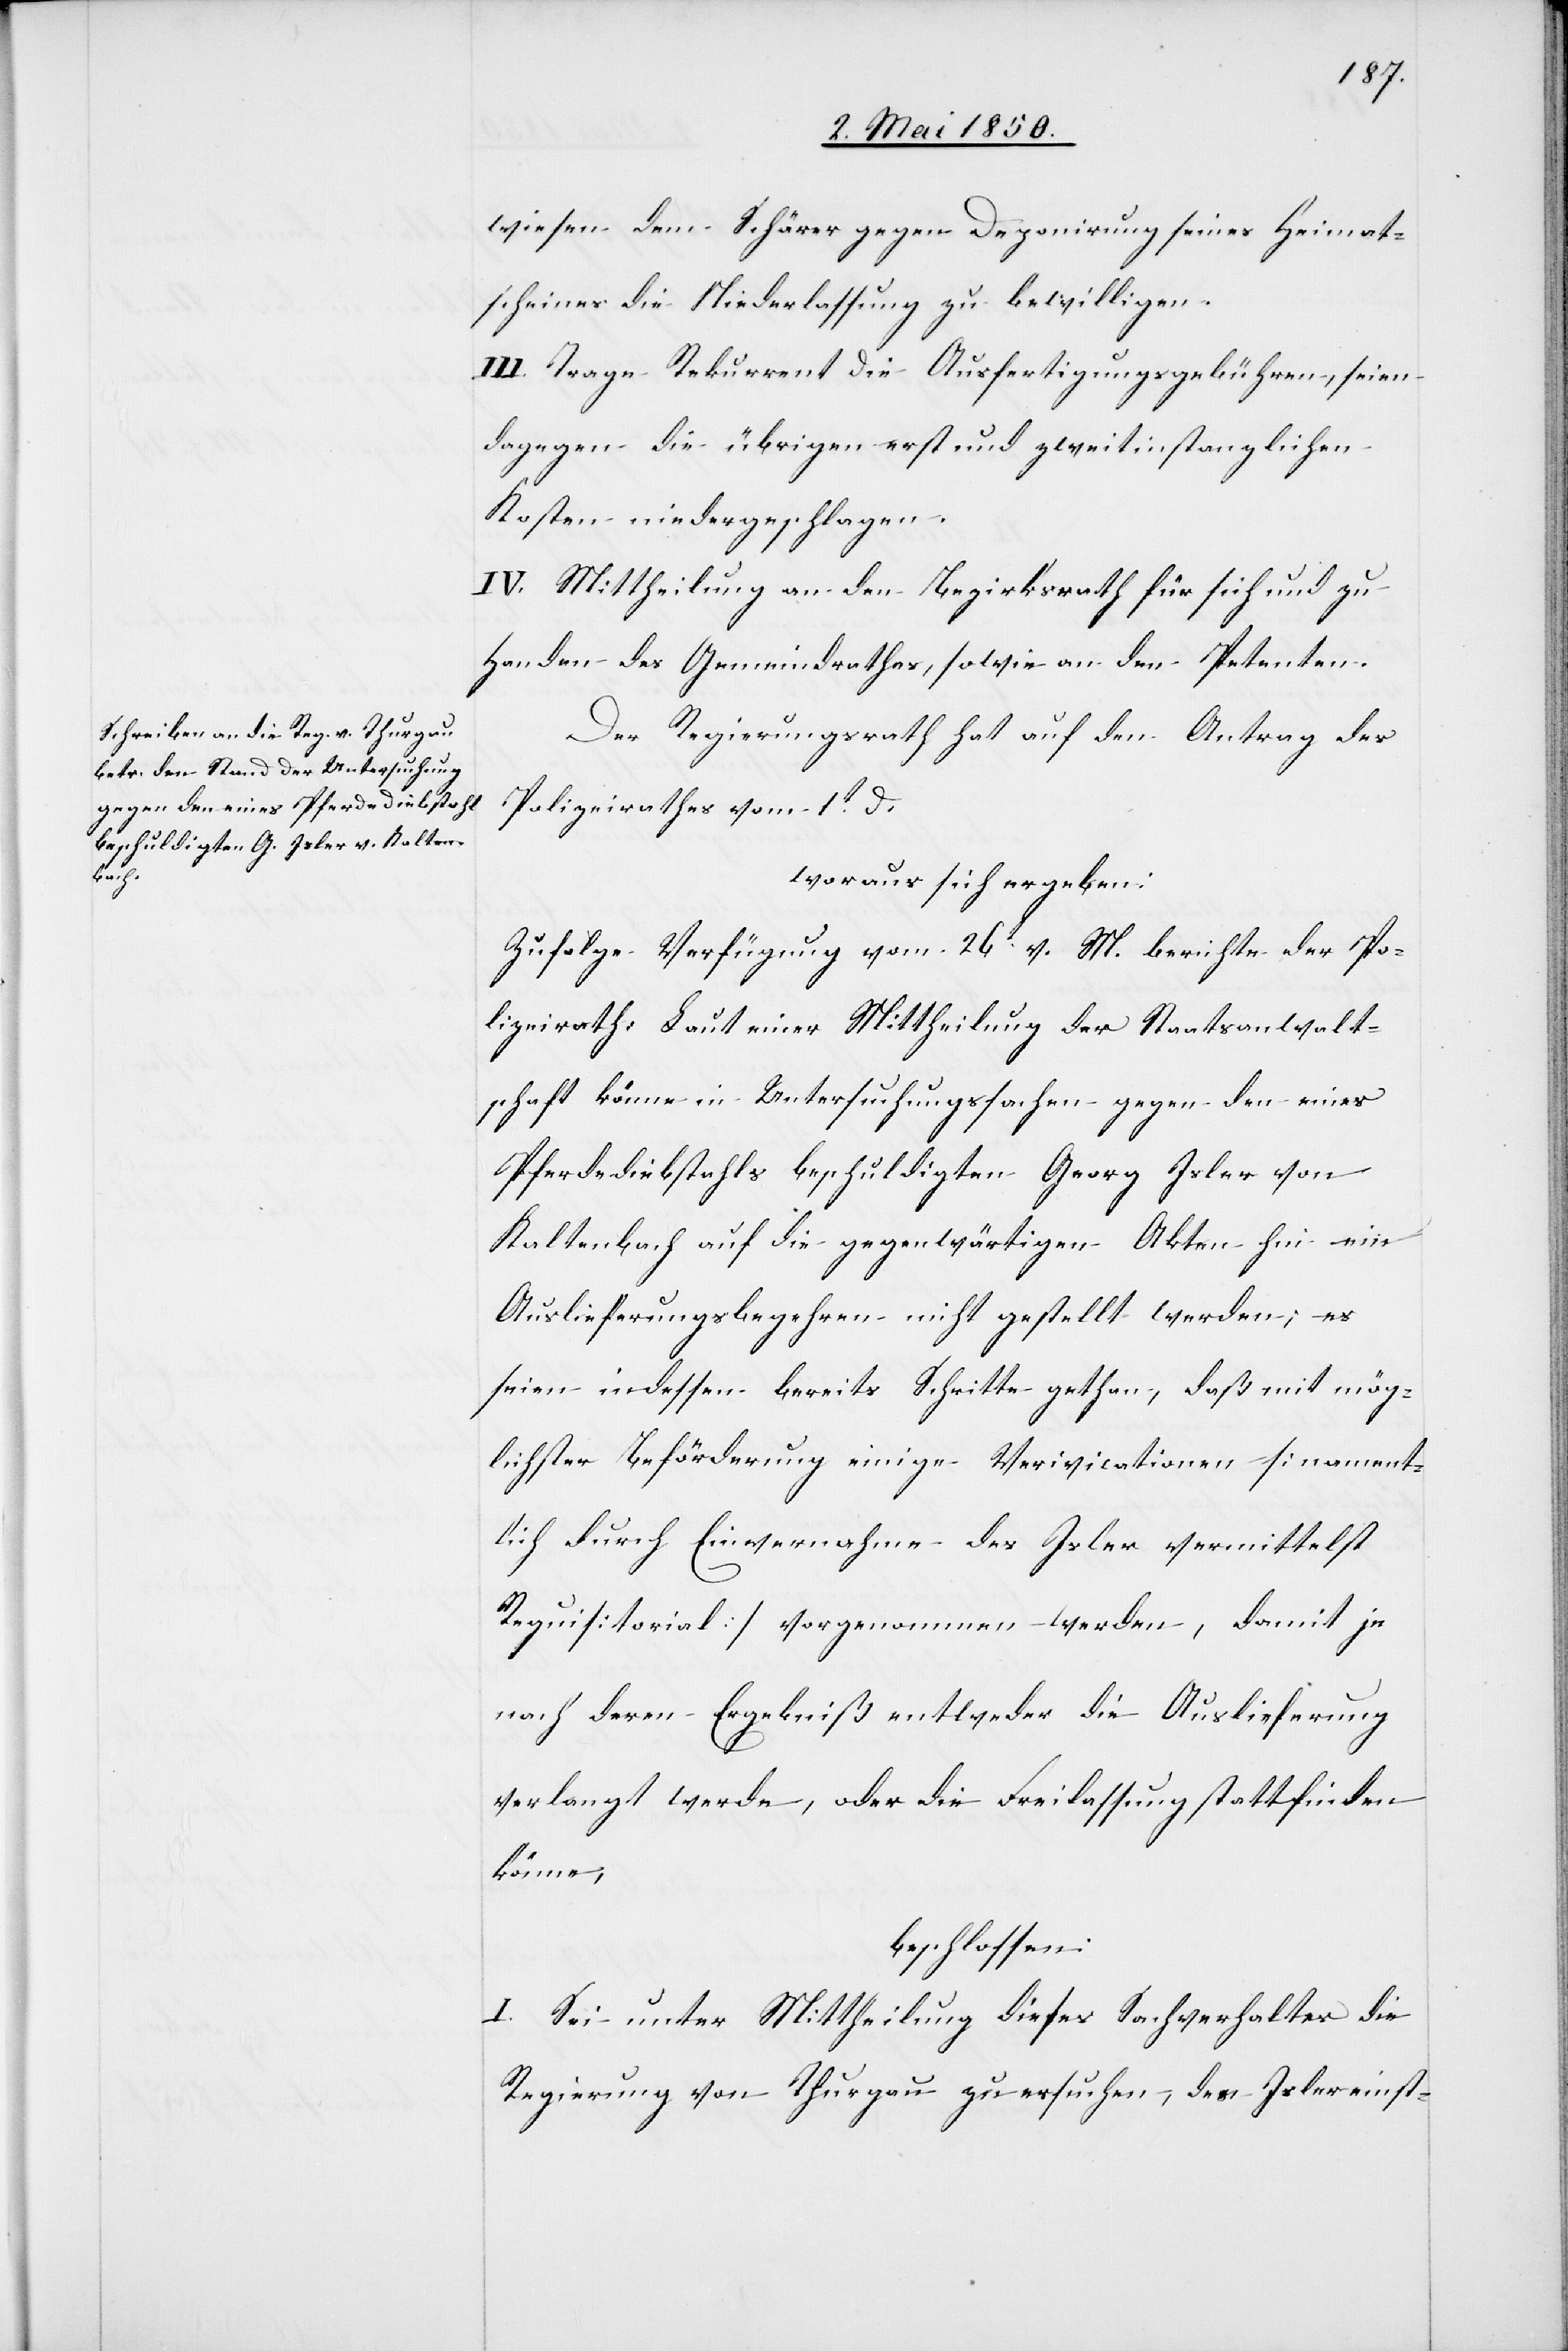
wiesen dem Schärer gegen Deponirung seines Heimat¬
scheines die Niederlassung zu bewilligen.
III. Trage Rekurrent die Ausfertigungsgebühren, seien
dagegen die übrigen erst und zweitinstanzlichen
Kosten niedergeschlagen.
IV. Mittheilung an den Bezirksrath für sich und zu
Handen des Gemeindrathes, sowie an den Petenten.
Der Regierungsrath hat auf den Antrag des
Polizeirathes vom 1t d.
woraus sich ergeben:
Zufolge Verfügung vom 26 v. M. berichte der Po¬
lizeirath: Laut einer Mittheilung der Staatsanwalt¬
schaft könne in Untersuchungssachen gegen den eines
Pferdediebstahls beschuldigten Georg Isler von
Kaltenbach auf die gegenwärtigen Akten hin ein
Auslieferungsbegehren nicht gestellt werden; es
seien indessen bereits Schritte gethan, daß mit mög¬
lichster Beförderung einige Verivicationen [nament¬
lich durch Einvernahme des Isler vermittelst
Requisitorial] vorgenommen werden, damit je
nach deren Ergebniß entweder die Auslieferung
verlangt werde, oder die Freilassung stattfinden
könne,
beschlossen:
I. Sei unter Mittheilung dieses Sachverhaltes die
Regierung von Thurgau zu ersuchen, den Isler einst-